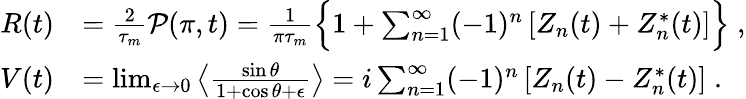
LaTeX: \begin{array}{rl}{R(t)}&{=\frac{2}{\tau_{m}}\mathcal{P}(\pi,t)=\frac 1{\pi\tau_{m}}\Big\{ 1+\sum_{n=1}^{\infty}(-1)^{n}\left[Z_{n}(t)+Z_{n}^{*}(t)\right]\Big\} \; ,}\\ {V(t)}&{=\operatorname*{lim}_{\epsilon\to 0}\left\langle\frac{\sin\theta}{1+\cos\theta+\epsilon}\right\rangle=i\sum_{n=1}^{\infty}(-1)^{n}\left[Z_{n}(t)-Z_{n}^{*}(t)\right]\; .}\end{array}